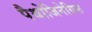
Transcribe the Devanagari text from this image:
पैथोजिनेसिस